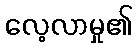
လေ့လာမှု၏